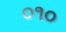
૦૧૦